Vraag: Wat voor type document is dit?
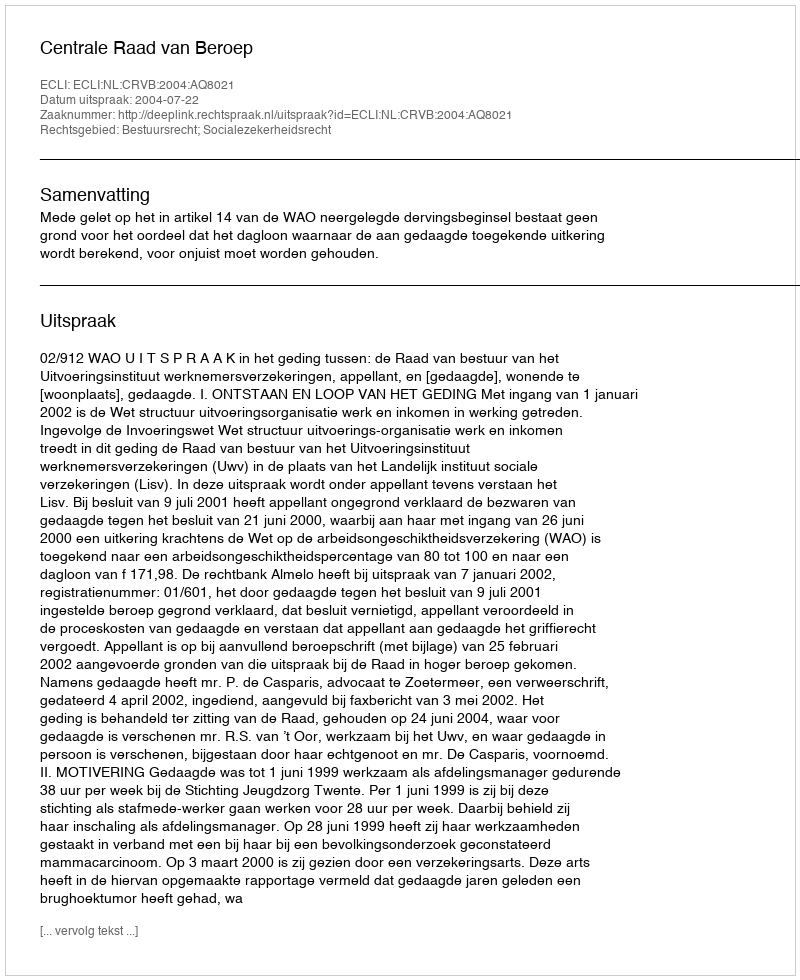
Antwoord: Uitspraak